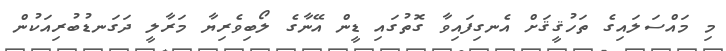
މި މައްސަލައިގެ ތަހުޤީޤަށް އެނގިފައިވާ ގޮތުގައި ޑީން އޭނާގެ ލޯބިވެރިޔާ މަރާލީ ދަގަނޑުބުރިއަކުން